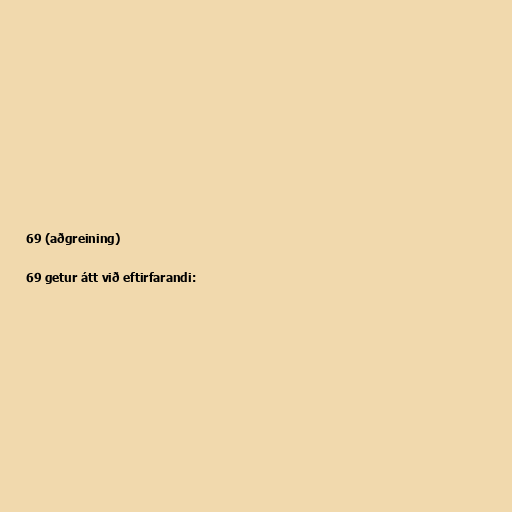
69 (aðgreining)

69 getur átt við eftirfarandi: